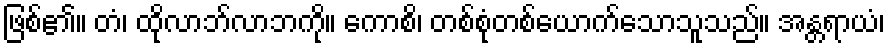
ဖြစ်၏။ တံ၊ ထိုလာဘ်လာဘကို။ ကောစိ၊ တစ်စုံတစ်ယောက်သောသူသည်။ အန္တရာယံ၊